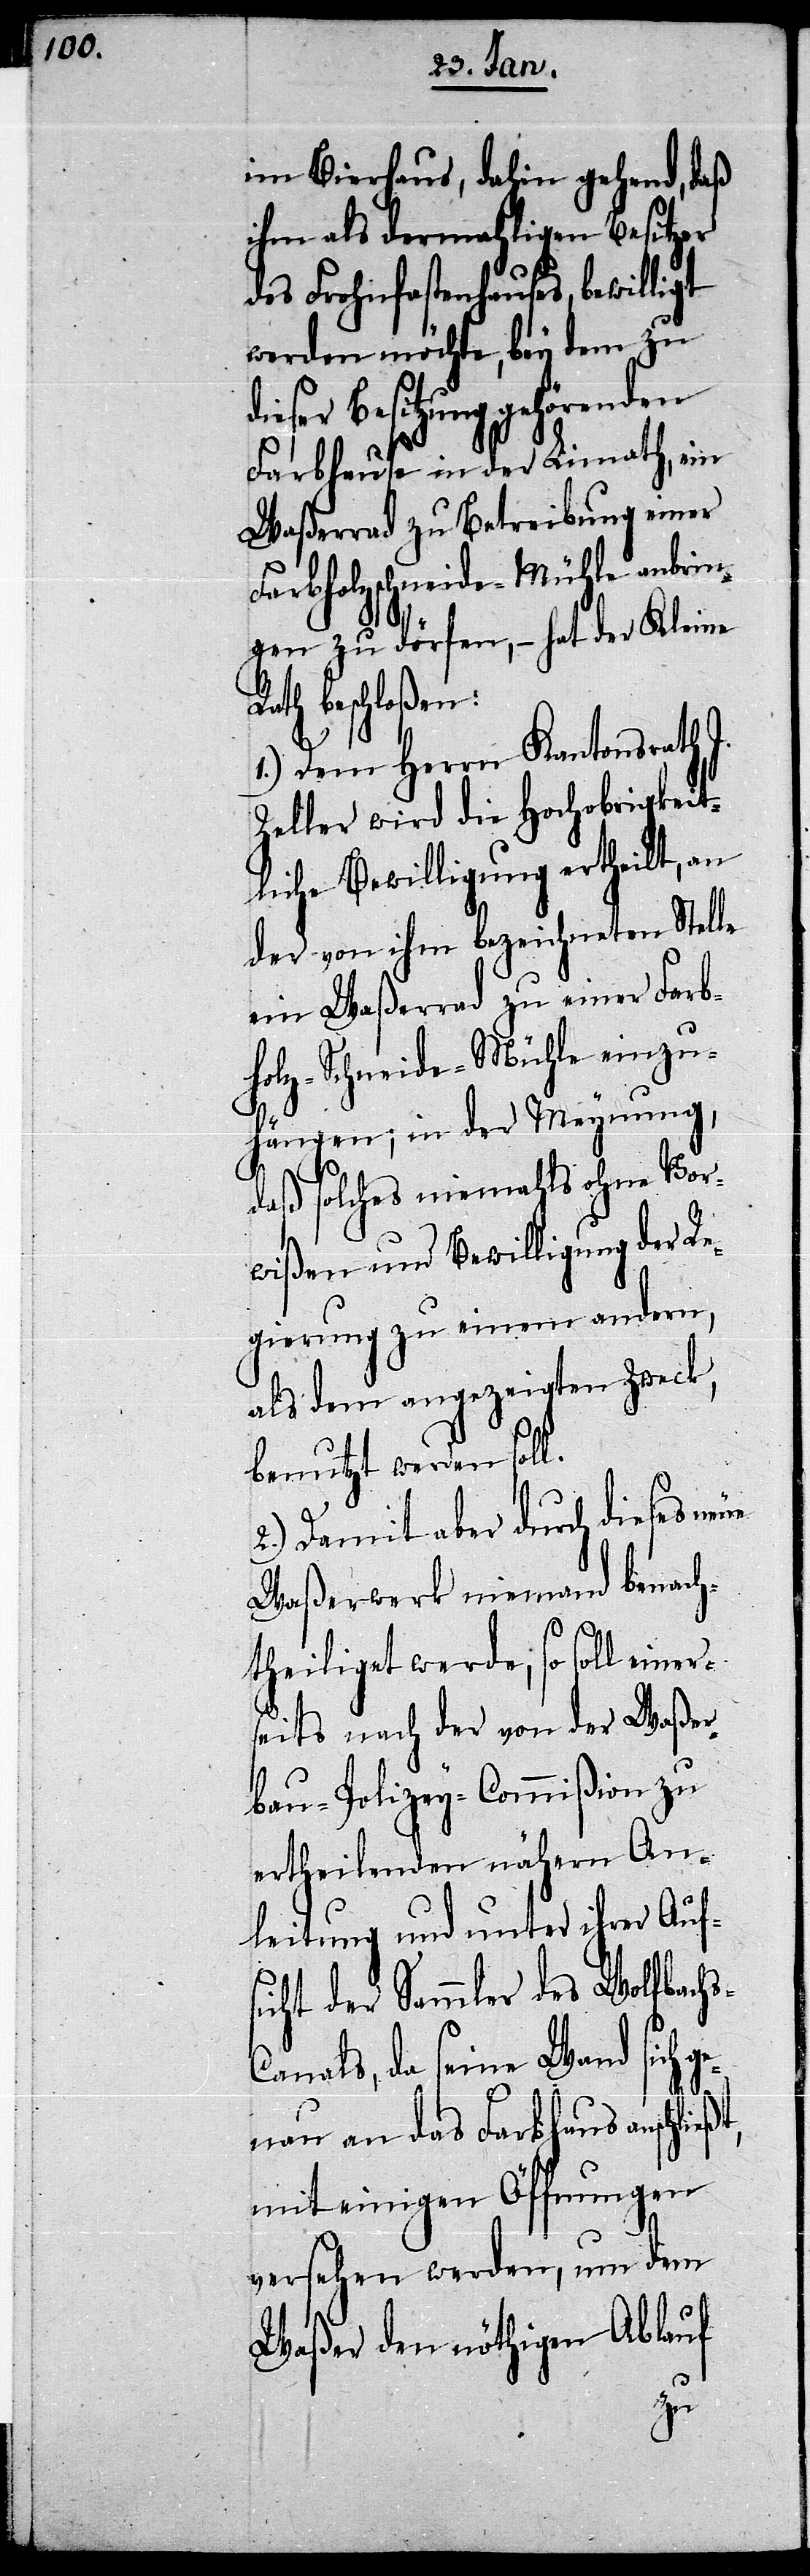
im Bierhaus, dahin gehend, daß
ihm als dermahligen Besitzer
des Frohnfastenhauses, bewilligt
werden möchte, bey dem zu
ieser Besitzung gehörenden
Farbhause in der Limath, ein
Waßerrad zu Betreibung einer
Farbholzschneide-Mühle anbrin¬
gen zu dörfen, – hat der Kleine
Rath beschloßen:
1.) Dem Herrn Kantonsrath J.
Zeller wird die Hochobrigkeit¬
liche Bewilligung ertheilt, an
der von ihm bezeichneten Stelle
ein Waßerrad zu einer Farb¬
holz-Schneide-Mühle einzu¬
hängen; in der Meynung,
daß solches niemahls ohne Vor¬
wißen und Bewilligung der Re¬
gierung zu einem andern,
als dem angezeigten Zweck,
benutzt werden soll.
2.) Damit aber durch dieses neue
Waßerwerk niemand benach¬
theiliget werde, so soll einer¬
seits nach der von der Waßer¬
bau-Polizey-Commißion zu
ertheilenden nähern An¬
leitung und unter ihrer Aufs¬
icht der Sammler des Wolfbach¬
anals, da seine Wand sich g¬
ßt,
enau an das Farbhaus anschli¬
mit einigen Öffnungen
versehen werden, um dem
Waßer den nöthigen Ablauf
s-C¬